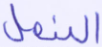
النمل